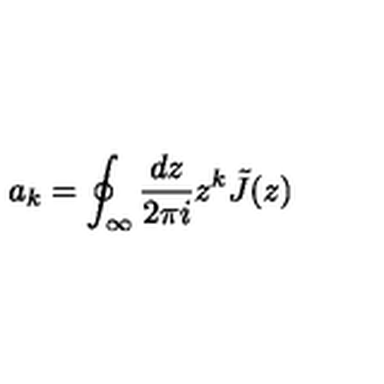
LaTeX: a _ { k } = \oint _ { \infty } \frac { d z } { 2 \pi i } z ^ { k } \tilde { J } ( z )